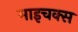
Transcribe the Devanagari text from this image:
माइचक्स